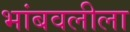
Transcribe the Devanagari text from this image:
भांबवलीला